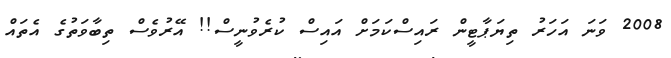
2008 ވަނަ އަހަރު ތިޔަޕާޓީން ރައިސްކަމަށް އައިސް ކުރެވުނީސް!! އޭރުވެސް ތިބާވަތުގެ އެތައް